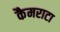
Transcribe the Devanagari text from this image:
कैमराटा